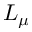
L _ { \mu }